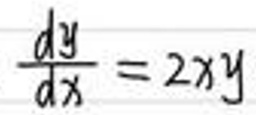
$\frac{dy}{dx}=2xy$